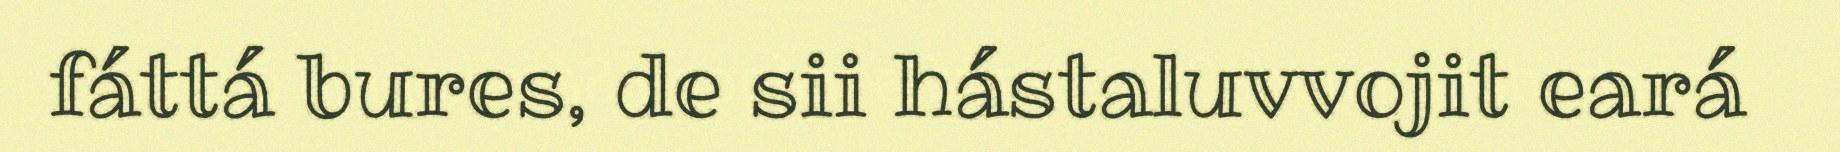
fáttá bures, de sii hástaluvvojit eará